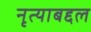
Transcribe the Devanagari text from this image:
नृत्याबद्दल